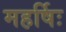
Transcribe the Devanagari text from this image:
महर्षिः